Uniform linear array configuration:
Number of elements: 16
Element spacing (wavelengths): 0.25
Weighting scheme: uniform
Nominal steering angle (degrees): -15
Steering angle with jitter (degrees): -14.268
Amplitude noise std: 0.05
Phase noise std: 0.05

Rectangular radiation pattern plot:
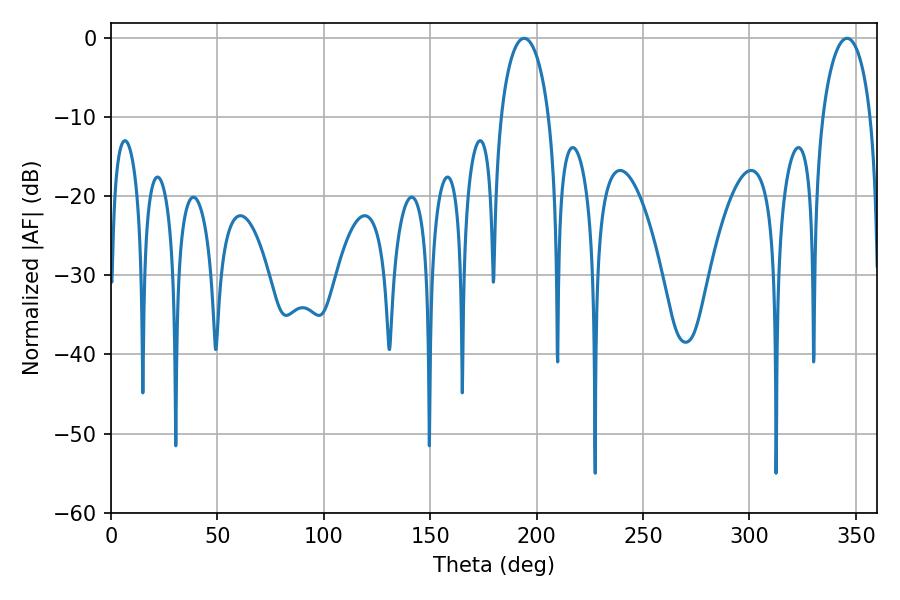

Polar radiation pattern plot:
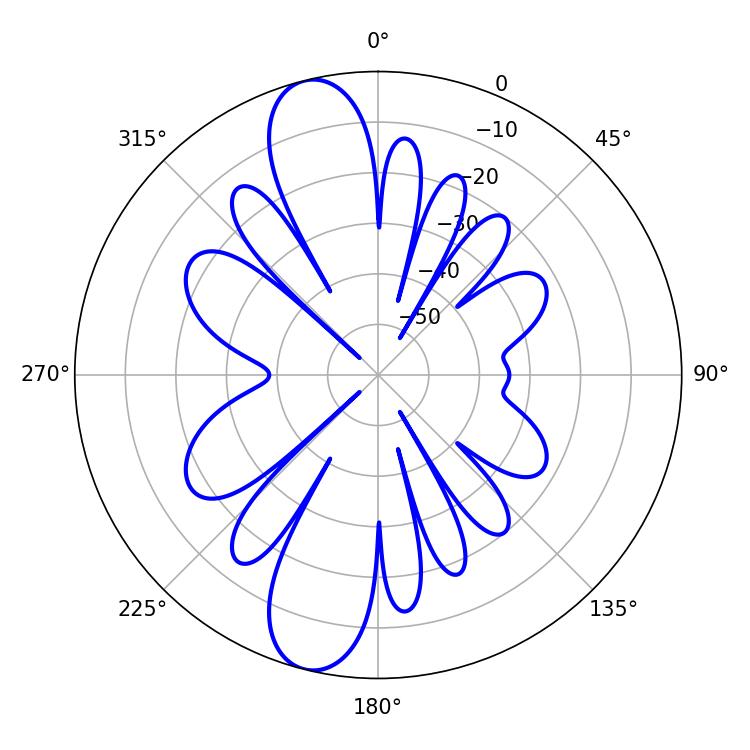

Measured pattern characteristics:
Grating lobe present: FALSE
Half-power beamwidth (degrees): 12.96
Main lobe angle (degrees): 194.22